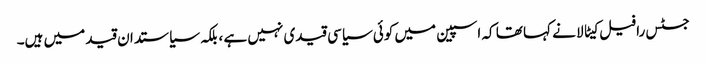
جسٹس رافیل کیٹالا نے کہا تھا کہ اسپین میں کوئی سیاسی قیدی نہیں ہے ، بلکہ سیاستدان قید میں ہیں۔